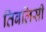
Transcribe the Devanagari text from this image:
तिबलिसी